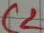
Text: C2